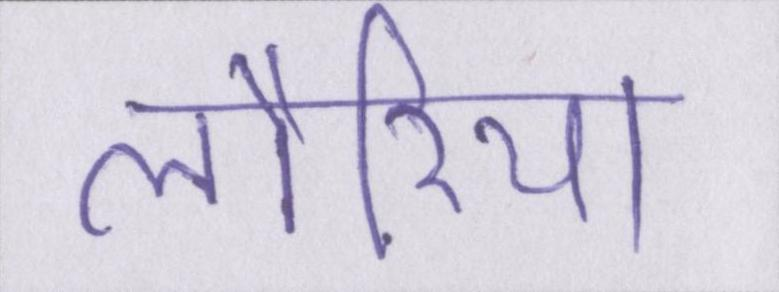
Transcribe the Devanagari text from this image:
लौरिया